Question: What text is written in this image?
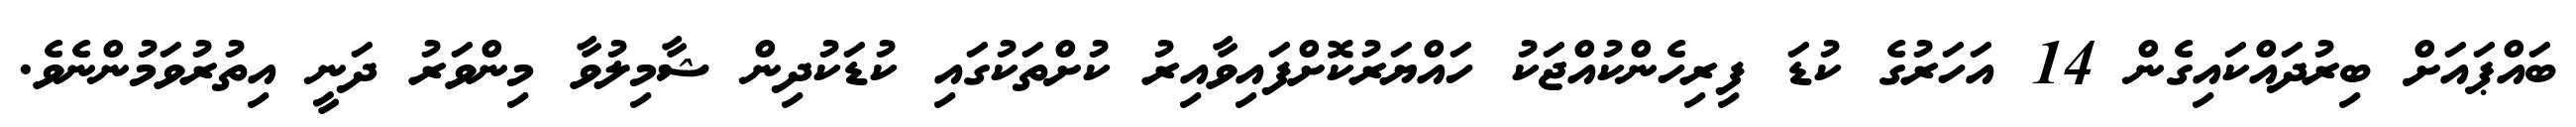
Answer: ބައްޕައަށް ބިރުދައްކައިގެން 14 އަހަރުގެ ކުޑަ ފިރިހެންކުއްޖަކު ހައްޔަރުކޮށްފައިވާއިރު ކުށްތަކުގައި ކުޑަކުދިން ޝާމިލުވާ މިންވަރު ދަނީ އިތުރުވަމުންނެވެ.